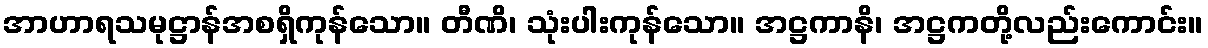
အာဟာရသမုဋ္ဌာန်အစရှိကုန်သော။ တီဏိ၊ သုံးပါးကုန်သော။ အဋ္ဌကာနိ၊ အဋ္ဌကတို့လည်းကောင်း။